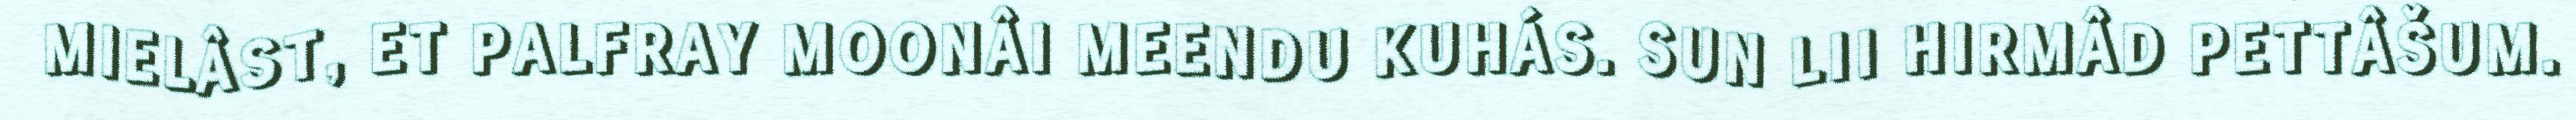
MIELÂST, ET PALFRAY MOONÂI MEENDU KUHÁS. SUN LII HIRMÂD PETTÂŠUM.